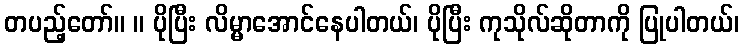
တပည့်တော်။ ။ ပိုပြီး လိမ္မာအောင်နေပါတယ်၊ ပိုပြီး ကုသိုလ်ဆိုတာကို ပြုပါတယ်၊